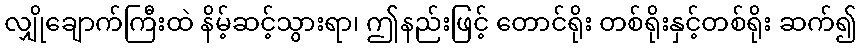
လျှိုချောက်ကြီးထဲ နိမ့်ဆင့်သွားရာ၊ ဤနည်းဖြင့် တောင်ရိုး တစ်ရိုးနှင့်တစ်ရိုး ဆက်၍